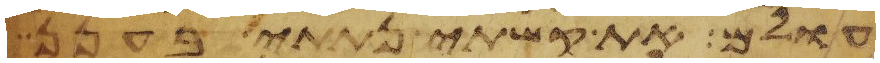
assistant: עולם את קשתי נתתי בענן